Punjab Mental Hospital Lahore 1932-46 - 1932-1946
Year: 1932
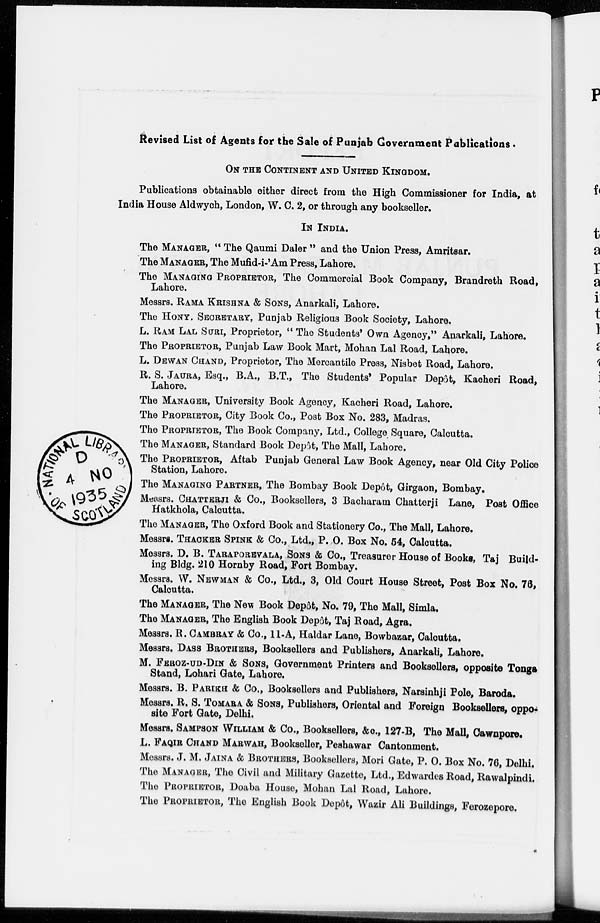
Revised List of Agents for the Sale of Punjab Government Publications.
ON THE CONTINENT AND UNITED KINGDOM.
Publications obtainable either direct from the High Commissioner for India, at
India House Aldwych, London, W. C. 2, or through any bookseller.
IN INDIA.
The MANAGER, " The Qaumi Daler " and the Union Press, Amritsar.
The MANAGER, The Mufid-i-'Am Press, Lahore.
The MANAGING PROPRIETOR, The Commercial Book Company, Brandreth Road,
Lahore.
Messrs. RAMA KRISHNA & SONS, Anarkali, Lahore.
The HONY. SECRETARY, Punjab Religious Book Society, Lahore.
L. RAM LAL SURI, Proprietor, " The Students' Own Agency," Anarkali, Lahore.
The PROPRIETOR, Punjab Law Book Mart, Mohan Lal Road, Lahore.
L. DEWAN CHAND, Proprietor, The Mercantile Press, Nisbet Road, Lahore.
R. S. JAURA, Esq., B.A., B.T., The Students' Popular Depôt, Kacheri Road,
Lahore.
The MANAGER, University Book Agency, Kacheri Road, Lahore.
The PROPRIETOR, City Book Co., Post Box No. 283, Madras.
The PROPRIETOR, The Book Company, Ltd., College Square, Calcutta.
The MANAGER, Standard Book Depôt, The Mall, Lahore.
The PROPRIETOR, Aftab Punjab General Law Book Agency, near Old City Police
Station, Lahore.
The MANAGING PARTNER, The Bombay Book Depôt, Girgaon, Bombay.
Messrs. CHATTERJI & Co., Booksellers, 3 Bacharam Chatterji Lane, Post Office
Hatkhola, Calcutta.
The MANAGER, The Oxford Book and Stationery Co., The Mall, Lahore.
Messrs. THACKER SPINK & Co., Ltd., P. O. Box No. 54, Calcutta.
Messrs. D. B. TARAPOREVALA, SONS & Co., Treasurer House of Books, Taj Build-
ing Bldg. 210 Hornby Road, Fort Bombay.
Messrs. W. NEWMAN & Co., Ltd., 3, Old Court House Street, Post Box No. 76,
Calcutta.
The MANAGER, The New Book Depôt, No. 79, The Mall, Simla.
The MANAGER, The English Book Depôt, Taj Road, Agra.
Messrs. R. CAMBRAY & Co., 11-A, Haldar Lane, Bowbazar, Calcutta.
Messrs. DASS BROTHER, Booksellers and Publishers, Anarkali, Lahore.
M. FEROZ-UD-DIN & SONS, Government Printers and Booksellers, opposite Tonga
Stand, Lohari Gate, Lahore.
Messrs. B. PARIKH & Co., Booksellers and Publishers, Narsinhji Pole, Baroda.
Messrs. R. S. TOMARA & SONS, Publishers, Oriental and Foreign Booksellers, oppo-
site Fort Gate, Delhi.
Messrs. SAMPSON WILLIAM & Co., Booksellers, &c., 127-B, The Mall, Cawnpore.
L. FAQIR CHAND MARWAH, Bookseller, Peshawar Cantonment.
Messrs. J. M. JAINA & BROTHERS, Booksellers, Mori Gate, P. O. Box No. 76, Delhi.
The MANAGER, The Civil and Military Gazette, Ltd., Edwardes Road, Rawalpindi.
The PROPRIETOR, Doaba House, Mohan Lal Road, Lahore.
The PROPRIETOR, The English Book Depôt, Wazir Ali Buildings, Ferozepore.